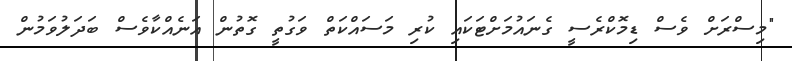
"މިސްރަށް ވެސް ޑިމޮކްރެސީ ގެނައުމަށްޓަކައި ކުރި މަސައްކަތް ވަގުތީ ގޮތުން އަނެއްކާވެސް ބަދަލުވަމުން